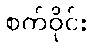
စက်ဝိုင်း